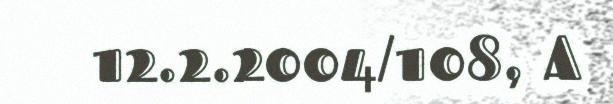
12.2.2004/108, A